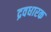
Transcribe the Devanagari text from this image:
द्रवधारक